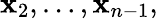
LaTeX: \mathbf{x}_{2},\ldots,\mathbf{x}_{n-1},